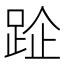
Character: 𨀣